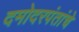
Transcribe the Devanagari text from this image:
दमोदरपंतांचे